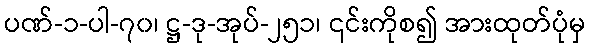
ပဏ်-၁-ပါ-၇၀၊ ဋ္ဌ-ဒု-အုပ်-၂၅၁၊ ၎င်းကိုစ၍ အားထုတ်ပုံမှ